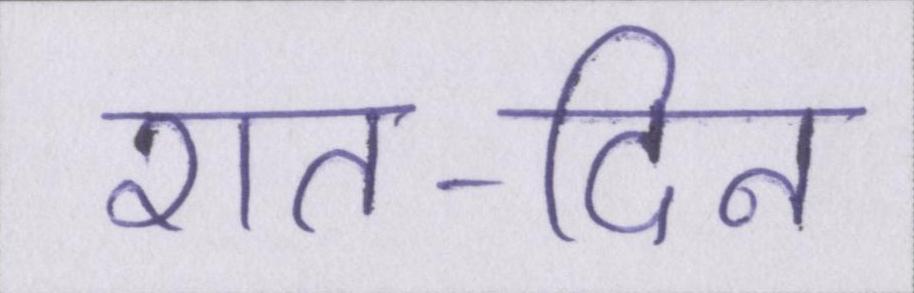
रात-दिन